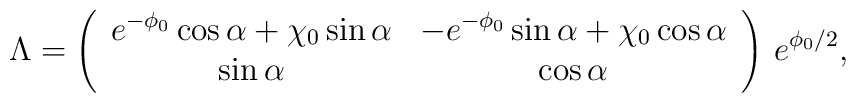
\Lambda =\left(\begin{array}{cc} e^{-\phi_0} \cos \alpha + \chi_0 \sin \alpha & - e^{-\phi_0} \sin \alpha+ \chi_0 \cos \alpha\\\sin \alpha & \cos \alpha\end{array}\right)\,e^{\phi_0/2},